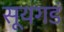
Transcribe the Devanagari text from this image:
सूयगडं